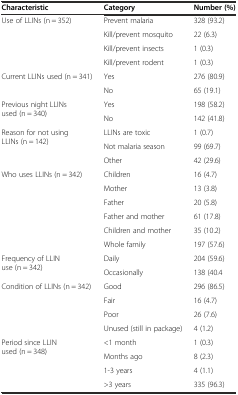
| Characteristic | Category | Number (%) |
 | --- | --- | --- |
 | <ROWSPAN=4> Use of LLINs (n = 352) | Prevent malaria | 328 (93.2) |
 | Kill/prevent mosquito | 22 (6.3) |
 | Kill/prevent insects | 1 (0.3) |
 | Kill/prevent rodent | 1 (0.3) |
 | <ROWSPAN=2> Current LLINs used (n = 341) | Yes | 276 (80.9) |
 | No | 65 (19.1) |
 | <ROWSPAN=2> Previous night LLINs used (n = 340) | Yes | 198 (58.2) |
 | No | 142 (41.8) |
 | <ROWSPAN=3> Reason for not using LLINs (n = 142) | LLINs are toxic | 1 (0.7) |
 | Not malaria season | 99 (69.7) |
 | Other | 42 (29.6) |
 | <ROWSPAN=6> Who uses LLINs (n = 342) | Children | 16 (4.7) |
 | Mother | 13 (3.8) |
 | Father | 20 (5.8) |
 | Father and mother | 61 (17.8) |
 | Children and mother | 35 (10.2) |
 | Whole family | 197 (57.6) |
 | <ROWSPAN=2> Frequency of LLIN use (n = 342) | Daily | 204 (59.6) |
 | Occasionally | 138 (40.4 |
 | <ROWSPAN=4> Condition of LLINs (n = 342) | Good | 296 (86.5) |
 | Fair | 16 (4.7) |
 | Poor | 26 (7.6) |
 | Unused (still in package) | 4 (1.2) |
 | <ROWSPAN=3> Period since LLIN used (n = 348) | <1 month | 1 (0.3) |
 | Months ago | 8 (2.3) |
 | 1-3 years | 4 (1.1) |
 |  | >3 years | 335 (96.3) |